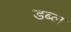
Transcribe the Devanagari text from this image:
डब्ल